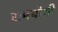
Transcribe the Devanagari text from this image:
रामयोगी